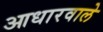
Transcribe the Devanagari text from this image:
आधारवाले